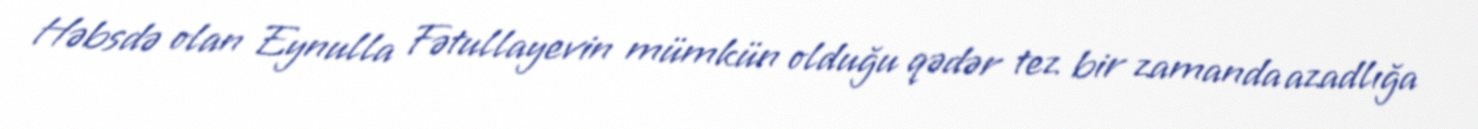
Həbsdə olan Eynulla Fətullayevin mümkün olduğu qədər tez bir zamanda azadlığa